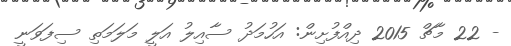
- 22 މާޗް 2015 ދިއްފުށިން: އަހުމަދު ސާއިލު އަލީ މަލަމަތި ސިފަވަނީ